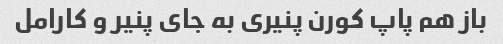
باز هم پاپ کورن پنیری به جای پنیر و کارامل